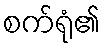
စက်ရုံ၏